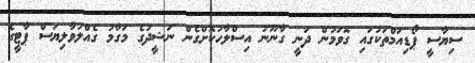
ސިޔާސީ ޕޯޑިއަމްތަކުގައި ގޮވަމުން ދަނީ ގާނޫނު އިސްލާހުކޮށްގެން ނަޝީދުގެ މަގާމު ގެއްލުވާލިޔަސް ޕާޓީގެ